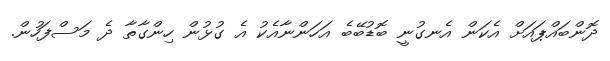
ދޮންބައްޕައަށް އެކަން އެނގުނީ ބޮޑުބޭބެ އަހަންނާއެކު އެ ގުޅުން ހިންގާތާ ދެ މަސްފަހުން.